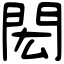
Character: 閎